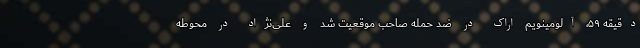
دقیقه ۵۹، آلومینویم اراک در ضد حمله صاحب موقعیت شد و علی‌نژاد در محوطه